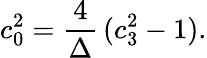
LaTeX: c_{0}^{2}={\frac{4}{\Delta}}\, (c_{3}^{2}-1).